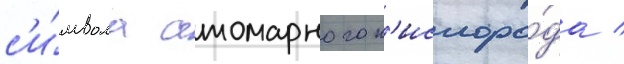
с'и́мвола атомарного к'ислоро́да /